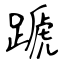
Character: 蹏